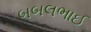
બબલભાઈ